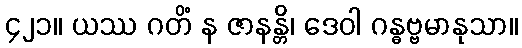
၄၂၁။ ယဿ ဂတိံ န ဇာနန္တိ၊ ဒေဝါ ဂန္ဓဗ္ဗမာနုသာ။